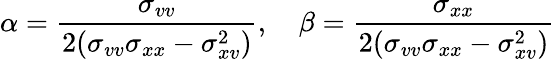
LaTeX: \alpha=\frac{\sigma_{vv}}{2(\sigma_{vv}\sigma_{xx}-\sigma_{xv}^{2})},\quad\beta=\frac{\sigma_{xx}}{2(\sigma_{vv}\sigma_{xx}-\sigma_{xv}^{2})}